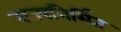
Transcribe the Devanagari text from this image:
राज्यनिर्मित